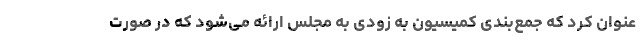
عنوان کرد که جمع‌بندی کمیسیون به زودی به مجلس ارائه می‌شود که در صورت